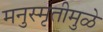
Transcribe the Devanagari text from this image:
मनुस्मृतीमुळे